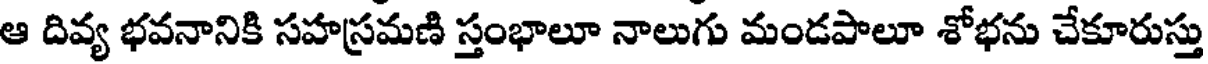
ఆ దివ్య భవనానికి సహస్రమణి స్తంభాలూ నాలుగు మండపాలూ శోభను చేకూరుస్తు